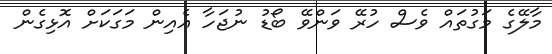
މާލޭގެ މަގުތައް ވެސް ހުރޭ ވަންވޭ ބޯޑު ނުޖަހާ އެއިން މަގަކަށް އޮޅިގެން